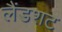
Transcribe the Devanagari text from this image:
लैंडशट